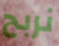
نربح